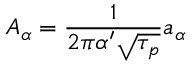
A _ { \alpha } = \frac { 1 } { 2 \pi \alpha ^ { \prime } \sqrt { \tau _ { p } } } a _ { \alpha }